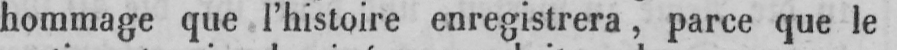
hommage que l’histoire enregistrera, parce que le